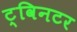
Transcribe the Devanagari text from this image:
ट्विनटर